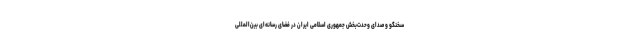
سخنگو و صدای وحدت‌بخش جمهوری اسلامی ایران در فضای رسانه‌ای بین‌المللی